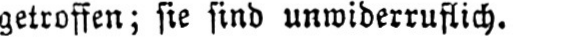
getroffen; sie sind unwiderruflich.